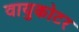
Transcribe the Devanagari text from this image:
वायुकोटर